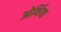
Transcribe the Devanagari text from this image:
ओर्थिया